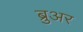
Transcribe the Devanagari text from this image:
ब्रुअर